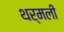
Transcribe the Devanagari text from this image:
थर्मली